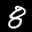
Label: 8